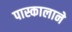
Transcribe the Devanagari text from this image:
पास्कालाने